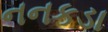
નનકડા